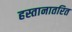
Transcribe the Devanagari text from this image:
हस्तानातरित